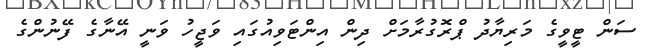
ސަން ޓީވީގެ މަރިޔާދު ޕްރޮގުރާމަށް ދިން އިންޓަވިއުގައި ވަޖީހު ވަނީ އޭނާގެ ފޭނުންގެ